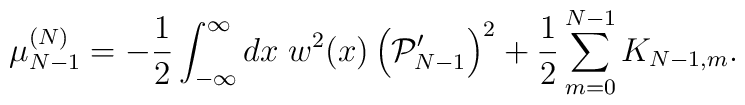
\mu_{N-1}^{(N)}=-{1\over 2}\int_{-\infty}^{\infty}dx\;w^2(x)\left({\cal P}_{N-1}^{\prime}\right)^2+{1\over 2}\sum_{m=0}^{N-1} K_{N-1,m}.